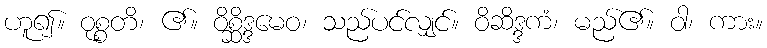
ဟူ၍။ ဝုစ္စတိ၊ ၏။ ဝိစ္ဆိဒ္ဒမေဝ၊ သည်ပင်လျှင်။ ဝိဆိဒ္ဒကံ၊ မည်၏။ ဝါ၊ ကား။